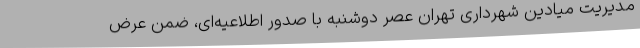
مدیریت میادین شهرداری تهران عصر دوشنبه با صدور اطلاعیه‌ای، ضمن عرض